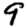
Digit: 9